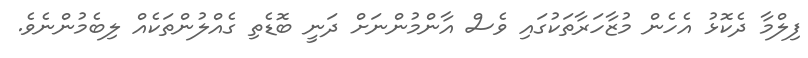
ފިލްމާ ދެކޮޅު އެހެން މުޒާހަރާތަކުގައި ވެސް އާންމުންނަށް ދަނީ ބޮޑެތި ގެއްލުންތަކެއް ލިބެމުންނެވެ.